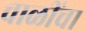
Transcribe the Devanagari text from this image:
चाळींचा